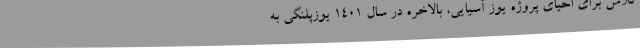
تلاش برای احیای پروژه یوز آسیایی، بالاخره در سال ۱۴۰۱ یوزپلنگی به